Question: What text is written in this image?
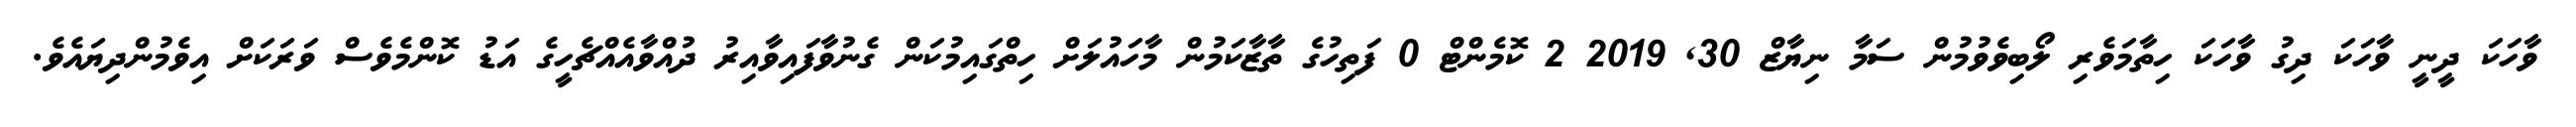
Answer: ވާހަކަ ދީނީ ވާހަކަ ދިގު ވާހަކަ ހިތާމަވެރި ލޯބިވެވުމުން ސަމާ ނިޔާޒް 30, 2019 2 ކޮމެންޓް 0 ފަތިހުގެ ތާޒާކަމުން މާހައުލަށް ހިތްގައިމުކަން ގެނުވާފައިވާއިރު ދުއްވާއެއްޗެހީގެ އަޑު ކޮންމެވެސް ވަރަކަށް އިވެމުންދިޔައެވެ.